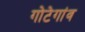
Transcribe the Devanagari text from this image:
गोटेगांव